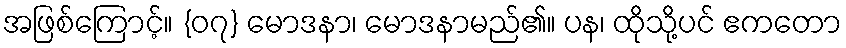
အဖြစ်ကြောင့်။ {၀၇} မောဒနာ၊ မောဒနာမည်၏။ ပန၊ ထိုသို့ပင် ဧကတော